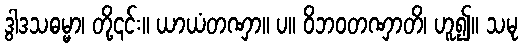
ဒွါဒသဓမ္မာ၊ တို့၎င်း။ ယာယံတဏှာ။ ပ။ ဝိဘဝတဏှာတိ၊ ဟူ၍။ သမု